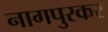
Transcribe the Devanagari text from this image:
नागपुरकर